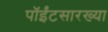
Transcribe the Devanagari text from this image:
पॉईंटसारख्या